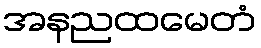
အနညထမေတံ